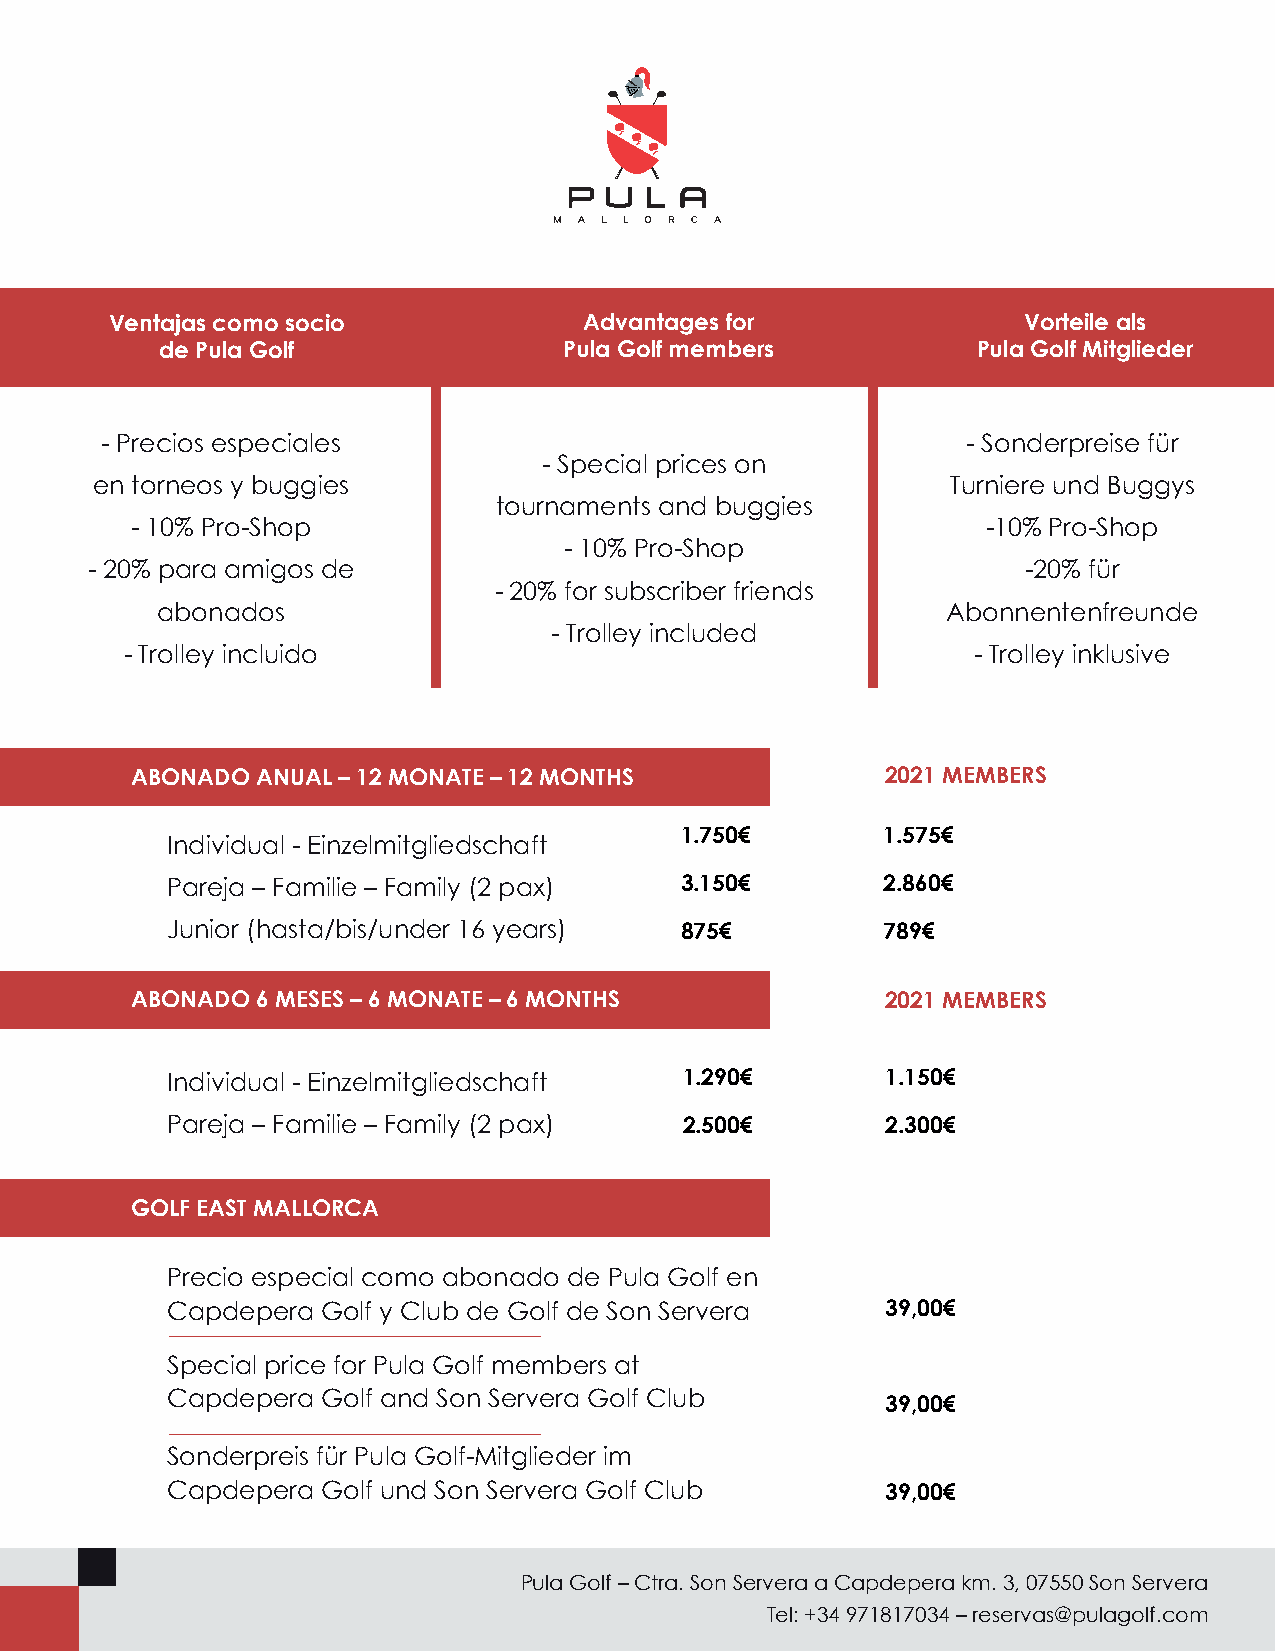
Ventajas como socio             Advantages for               Vorteile als
 de Pula Golf              Pula Golf members           Pula Golf Mitglieder
 - Precios especiales                                     - Sonderpreise für
 - Special prices on
 en torneos y buggies                                     Turniere und Buggys
 tournaments and buggies
 - 10% Pro-Shop                                          -10% Pro-Shop
 - 10% Pro-Shop
 - 20% para amigos de                                          -20% für
 - 20% for subscriber friends
 abonados                                             Abonnentenfreunde
 - Trolley included
 - Trolley incluido                                      - Trolley inklusive
 ABONADO ANUAL – 12 MONATE – 12 MONTHS             2021 MEMBERS
 1.750€       1.575€
 Individual - Einzelmitgliedschaft
 Pareja – Familie – Family (2 pax) 3.150€       2.860€
 Junior (hasta/bis/under 16 years) 875€         789€
 ABONADO 6 MESES – 6 MONATE – 6 MONTHS             2021 MEMBERS
 Individual - Einzelmitgliedschaft 1.290€        1.150€
 Pareja – Familie – Family (2 pax) 2.500€        2.300€
 GOLF EAST MALLORCA
 Precio especial como abonado de Pula Golf en
 Capdepera Golf y Club de Golf de Son Servera    39,00€
 Special price for Pula Golf members at
 Capdepera Golf and Son Servera Golf Club
 39,00€
 Sonderpreis für Pula Golf-Mitglieder im
 Capdepera Golf und Son Servera Golf Club        39,00€
 Pula Golf – Ctra. Son Servera a Capdepera km. 3, 07550 Son Servera
 Tel: +34 971817034 – reservas@pulagolf.com